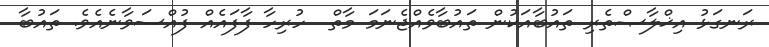
ރަނގަޅު އިޚްލާޞްތެރި ތައުބާއަކުން ތައުބާވެއްޖެނަމަ މާތް  ހުރިހާ ފާފައެއް ފުއްސަވާނެއެވެ. ތައުބާ